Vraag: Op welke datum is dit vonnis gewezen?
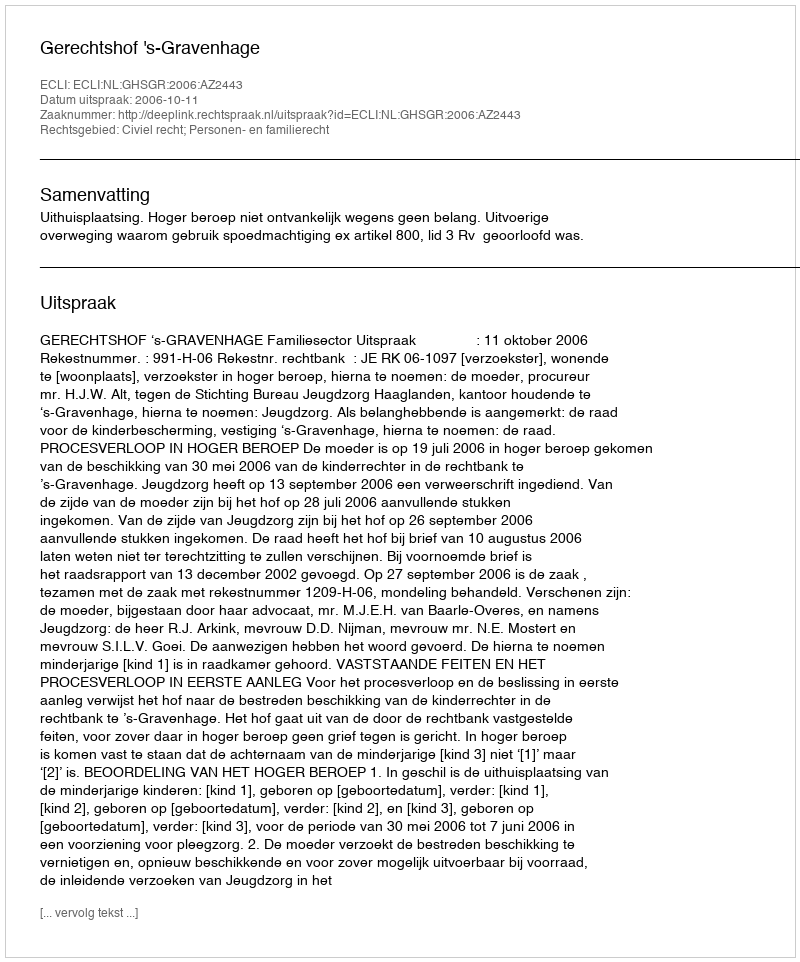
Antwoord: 2006-10-11